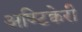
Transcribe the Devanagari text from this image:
अण्टिक्वेरी